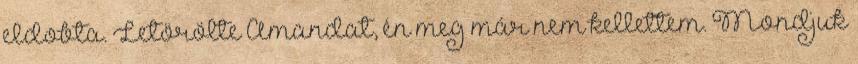
eldobta. Letörölte Amandat, én meg már nem kellettem. Mondjuk